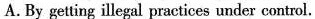
A.By getting illegal practices under control.